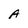
Character: A